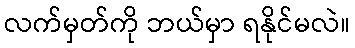
လက်မှတ်ကို ဘယ်မှာ ရနိုင်မလဲ။